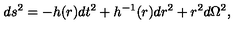
d s ^ { 2 } = - h ( r ) d t ^ { 2 } + h ^ { - 1 } ( r ) d r ^ { 2 } + r ^ { 2 } d \Omega ^ { 2 } ,